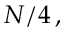
N / 4 \, ,